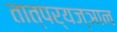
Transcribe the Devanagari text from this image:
तात्पर्यज्ञान